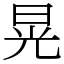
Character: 晃